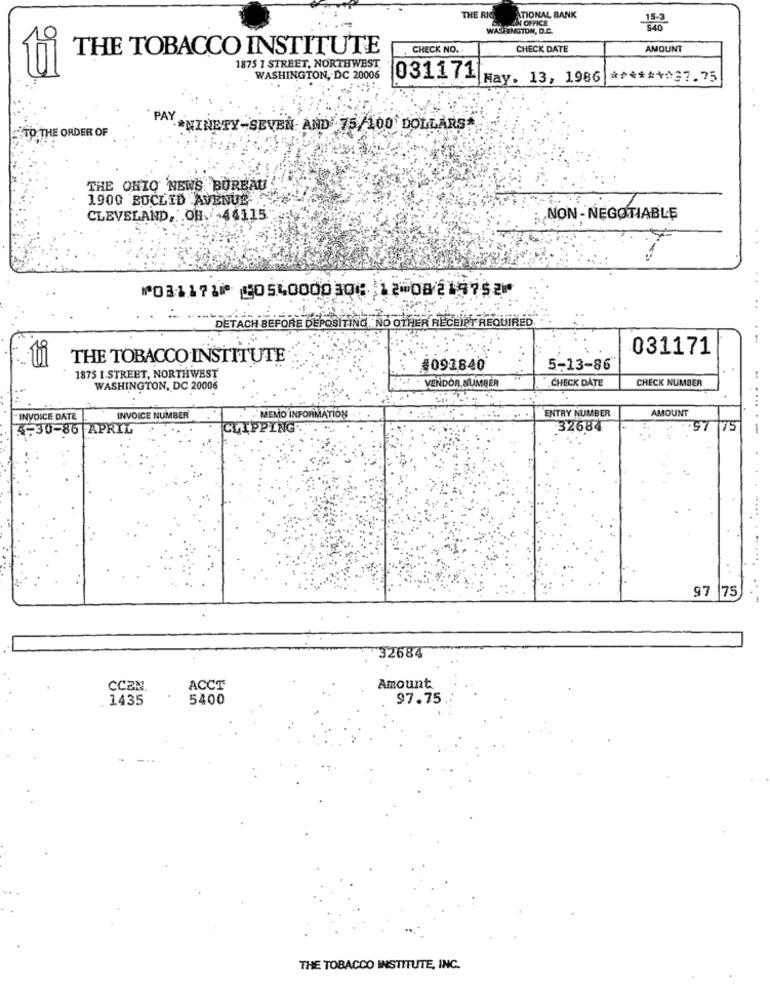
THE RIG
ATIONAL BANK
AN OFFICE
15-3
LFENGTON, D.C.
THE TOBACCO INSTITUTE
CHECK NO.
CHECK DATE
AMOUNT
1875 I STREET, NORTHWEST
WASHINGTON, DC 20006
031171 May. 13, 1986
******* 37.75
PAY -NINETY-SEVEN AND 75/100 DOLLARS
TO THE ORDER OF
THE OHIO NEWS BUREAU
1900 BOCLID AVENUE
CLEVELAND, . OH. 44115
NON- NEGOTIABLE
⑈031171⑈ ⑆054000030⑆ 12⑉08219752⑈
DETACH BEFORE DEPOSITING.NO OTHER RECEIPT REQUIRED
031171
THE TOBACCO INSTITUTE
#091840
5-13-86
1875 I.STREET, NORTHWEST
VENDOR NUMBER
CHECK DATE
CHECK NUMBER
WASHINGTON, DC 20006
ENTRY NUMBER
AMOUNT
INVOICE DATE
INVOICE NUMBER
MEMO INFORMATION.
4-30-86 APRIL
CLIPPING
32684
.97 75
97 75
32684
Amount
CCEN.
ACCT
1435
5400
97.75
THE TOBACCO INSTITUTE, INC.